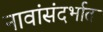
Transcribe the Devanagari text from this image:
नावांसंदर्भात